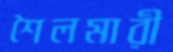
শৈলমারী